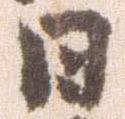
日